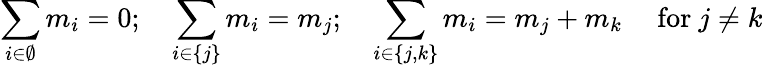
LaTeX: \sum_{i\in\emptyset}{m_{i}}=0;\quad\sum_{i\in\{ j\} }{m_{i}}=m_{j};\quad\sum_{i\in\{ j,k\} }{m_{i}}=m_{j}+m_{k}\quad{\mathrm{~for~}}j\neq k